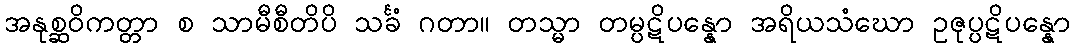
အနုစ္ဆဝိကတ္တာ စ သာမီစီတိပိ သင်္ခံ ဂတာ။ တသ္မာ တမ္ပဋိပန္နော အရိယသံဃော ဥဇုပ္ပဋိပန္နော